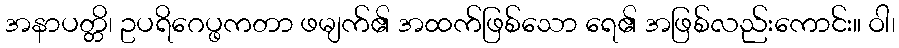
အနာပတ္တိ၊ ဥပရိဂေပ္ဖကတာ ဖမျက်၏ အထက်ဖြစ်သော ရေ၏ အဖြစ်လည်းကောင်း။ ဝါ၊